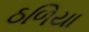
ઠળિયા